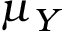
\mu _ { Y }